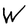
Character: W